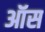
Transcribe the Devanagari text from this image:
ऑस